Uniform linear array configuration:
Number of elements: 64
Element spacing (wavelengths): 0.75
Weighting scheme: kaiser
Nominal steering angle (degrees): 45
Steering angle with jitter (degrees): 43.513
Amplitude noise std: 0.05
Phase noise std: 0.05

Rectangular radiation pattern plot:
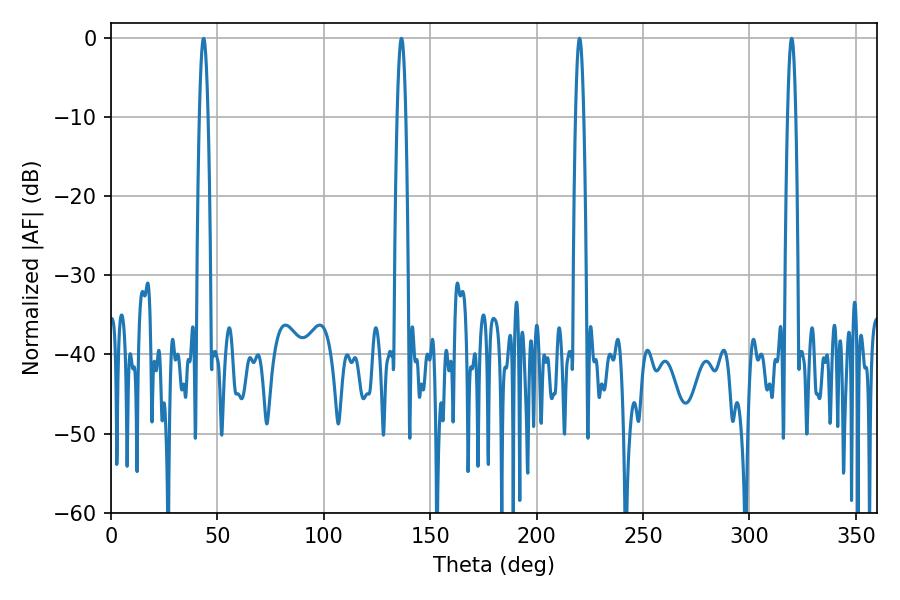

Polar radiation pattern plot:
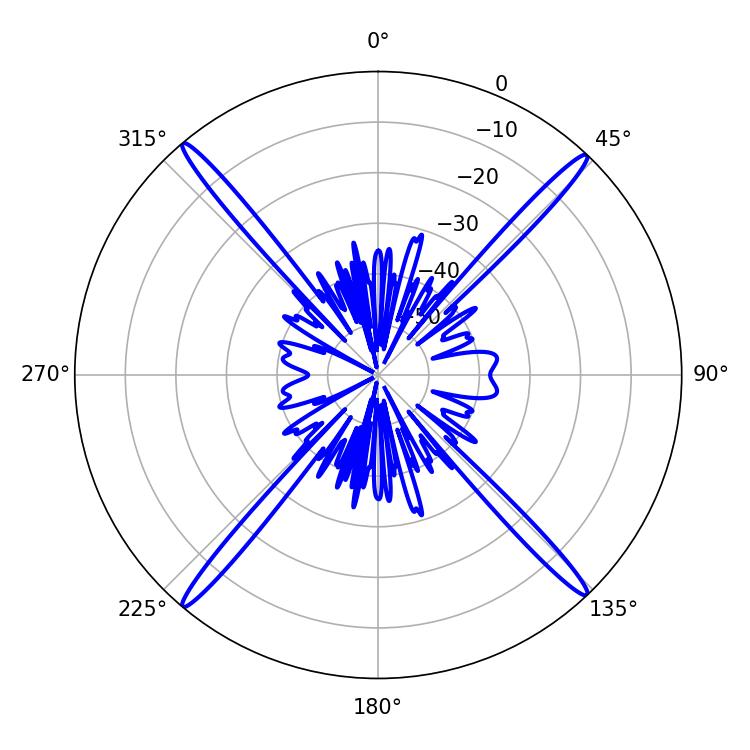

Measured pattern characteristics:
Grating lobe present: TRUE
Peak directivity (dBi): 24.786
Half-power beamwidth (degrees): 2.16
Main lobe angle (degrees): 220.14